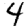
Digit: 4